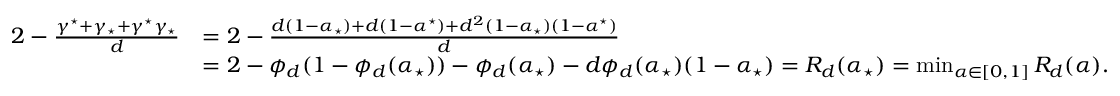
\begin{array} { r l } { 2 - \frac { \gamma ^ { \star } + \gamma _ { \star } + \gamma ^ { \star } \gamma _ { \star } } { d } } & { = 2 - \frac { d ( 1 - \alpha _ { \star } ) + d ( 1 - \alpha ^ { \star } ) + d ^ { 2 } ( 1 - \alpha _ { \star } ) ( 1 - \alpha ^ { \star } ) } { d } } \\ & { = 2 - \phi _ { d } ( 1 - \phi _ { d } ( \alpha _ { \star } ) ) - \phi _ { d } ( \alpha _ { \star } ) - d \phi _ { d } ( \alpha _ { \star } ) ( 1 - \alpha _ { \star } ) = R _ { d } ( \alpha _ { \star } ) = \operatorname* { m i n } _ { \alpha \in [ 0 , 1 ] } R _ { d } ( \alpha ) . } \end{array}